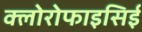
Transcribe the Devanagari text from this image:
क्लोरोफाइसिई